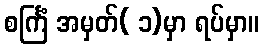
စင်္ကြံ အမှတ်( ၁)မှာ ရပ်မှာ။